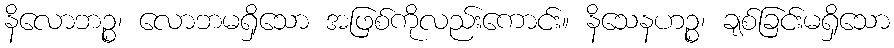
နိလောဘဉ္စ၊ လောဘမရှိသော အဖြစ်ကိုလည်းကောင်း။ နိသေနဟဉ္စ၊ ချစ်ခြင်းမရှိသော